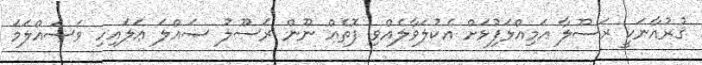
ޤުރުއާނަކީ ރަސޫލާ އަމިއްލަފުޅަށް އެކުލަވާލެއްވި ފޮތެއް ނޫން ރަސޫލު ޞައްލަ ޢަލައިހި ވަސައްލަމަ